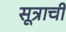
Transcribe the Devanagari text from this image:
सूत्राची